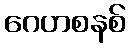
ဂေဟစနစ်